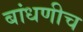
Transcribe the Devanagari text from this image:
बांधणीच